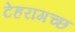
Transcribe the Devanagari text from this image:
टेहरागच्छ